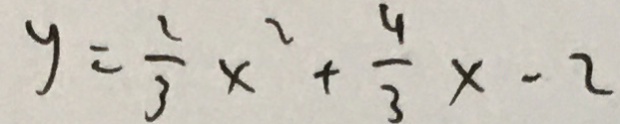
y = \frac { 2 } { 3 } x ^ { 2 } + \frac { 4 } { 3 } x - 2